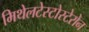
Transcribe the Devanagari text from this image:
मिथेलटेस्टोस्टेरोन